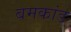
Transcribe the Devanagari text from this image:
बमकांड